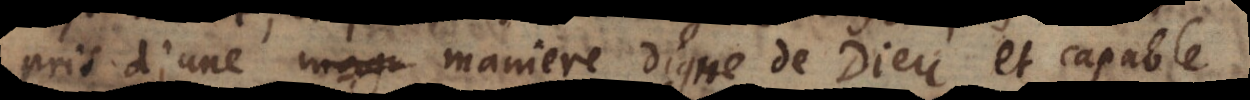
pris d’une maniere digne de Dieu et capable